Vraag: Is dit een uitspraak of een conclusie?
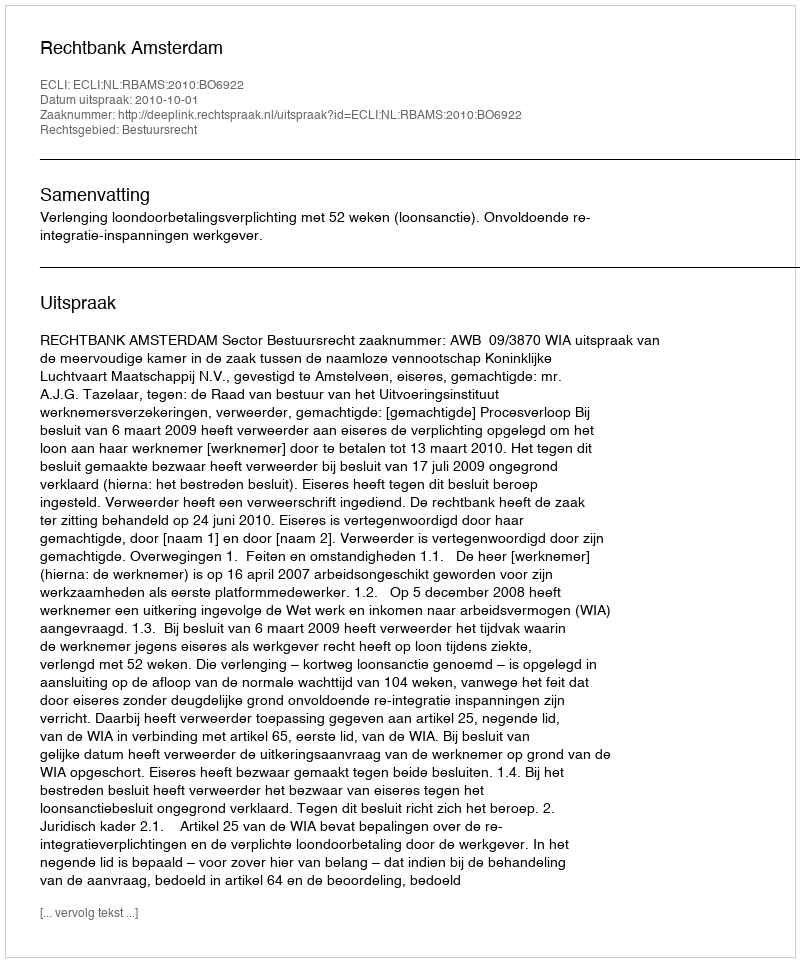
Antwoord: Uitspraak